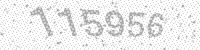
Solution: 115956